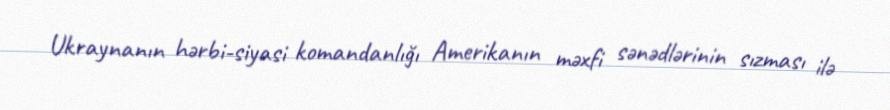
Ukraynanın hərbi-siyasi komandanlığı Amerikanın məxfi sənədlərinin sızması ilə